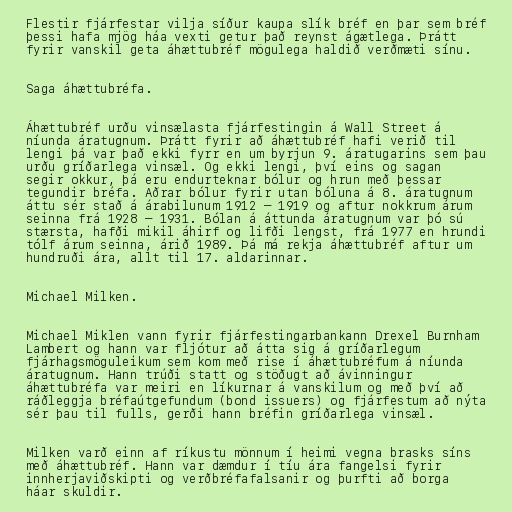
Flestir fjárfestar vilja síður kaupa slík bréf en þar sem bréf
þessi hafa mjög háa vexti getur það reynst ágætlega. Þrátt
fyrir vanskil geta áhættubréf mögulega haldið verðmæti sínu.

Saga áhættubréfa.

Áhættubréf urðu vinsælasta fjárfestingin á Wall Street á
níunda áratugnum. Þrátt fyrir að áhættubréf hafi verið til
lengi þá var það ekki fyrr en um byrjun 9. áratugarins sem þau
urðu gríðarlega vinsæl. Og ekki lengi, því eins og sagan
segir okkur, þá eru endurteknar bólur og hrun með þessar
tegundir bréfa. Aðrar bólur fyrir utan bóluna á 8. áratugnum
áttu sér stað á árabilunum 1912 – 1919 og aftur nokkrum árum
seinna frá 1928 – 1931. Bólan á áttunda áratugnum var þó sú
stærsta, hafði mikil áhirf og lifði lengst, frá 1977 en hrundi
tólf árum seinna, árið 1989. Þá má rekja áhættubréf aftur um
hundruði ára, allt til 17. aldarinnar.

Michael Milken.

Michael Miklen vann fyrir fjárfestingarbankann Drexel Burnham
Lambert og hann var fljótur að átta sig á gríðarlegum
fjárhagsmöguleikum sem kom með rise í áhættubréfum á níunda
áratugnum. Hann trúði statt og stöðugt að ávinningur
áhættubréfa var meiri en líkurnar á vanskilum og með því að
ráðleggja bréfaútgefundum (bond issuers) og fjárfestum að nýta
sér þau til fulls, gerði hann bréfin gríðarlega vinsæl.

Milken varð einn af ríkustu mönnum í heimi vegna brasks síns
með áhættubréf. Hann var dæmdur í tíu ára fangelsi fyrir
innherjaviðskipti og verðbréfafalsanir og þurfti að borga
háar skuldir.